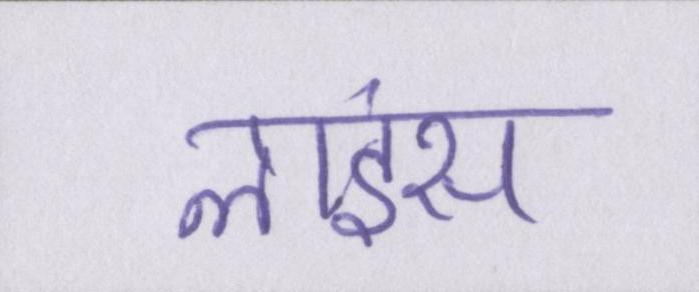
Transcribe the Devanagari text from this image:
लाइंस